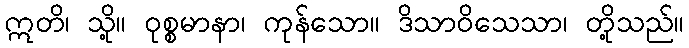
ဣတိ၊ သို့။ ဝုစ္စမာနာ၊ ကုန်သော။ ဒိသာဝိသေသာ၊ တို့သည်။